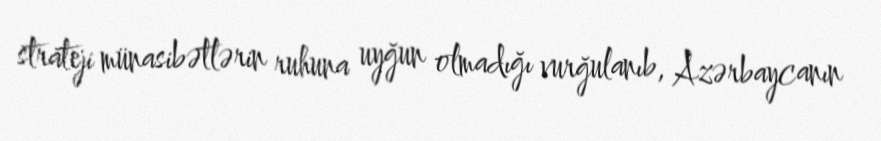
strateji münasibətlərin ruhuna uyğun olmadığı vurğulanıb, Azərbaycanın